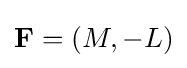
\mathbf {F} =(M,-L)